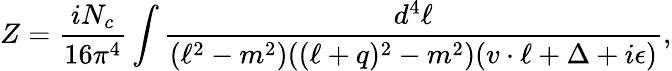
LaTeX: Z=\frac{iN_{c}}{16\pi^{4}}\int\frac{d^{4}\ell}{(\ell^{2}-m^{2})((\ell+q)^{2}-m^{2})(v\cdot\ell+\Delta+i\epsilon)},